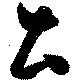
土